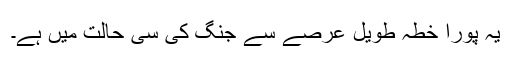
یہ پورا خطہ طویل عرصے سے جنگ کی سی حالت میں ہے۔